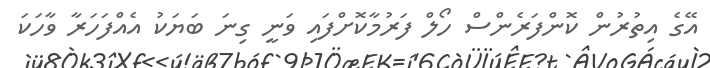
އޭގެ އިތުރުން ކޮންފަރެންސް ހޯލް ފަރުމާކޮށްފައި ވަނީ ގިނަ ބަޔަކު އެއްފަހަރާ ވާހަކަ